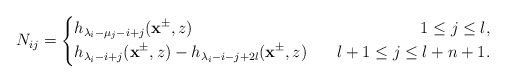
\begin{align*}N_{ij}=\left\{\begin{aligned}&h_{\lambda_i-\mu_j-i+j}(\mathbf{x}^{\pm},z)~~&~~1\leq j\leq l,\\&h_{\lambda_i-i+j}(\mathbf{x}^{\pm},z)-h_{\lambda_i-i-j+2l}(\mathbf{x}^{\pm},z)~&~~l+1\leq j\leq l+n+1.\end{aligned}\right.\end{align*}